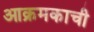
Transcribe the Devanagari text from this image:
आक्रमकाची